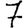
Digit: 7